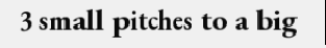
3 small pitches to a big